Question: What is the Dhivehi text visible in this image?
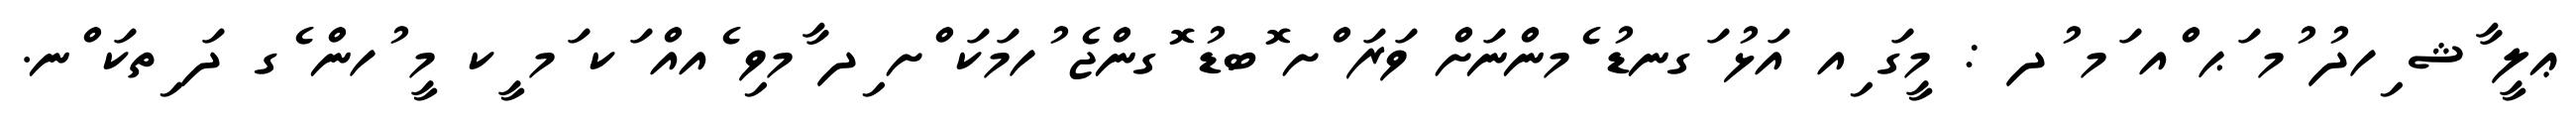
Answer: ޢލީ ާޝ ިހދު ުމ ަޙ ްއ ަމ ުދ : މީގަ ިއ އަޅު ަގނޑު ެމންނަށް ވަރަ ްށ ޮބޑު ޮގންޖެ ުހމަކަ ްށ ިދ ާމވި ެއއް ަކ ަމ ީކ މީ ުހން ެގ ދަ ިތކަ ްނ.